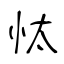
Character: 忲